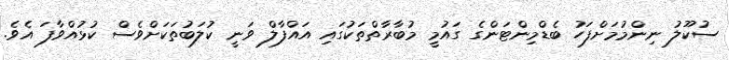
ސުކޫލު ނިންމުމަށްފަހު ބެޑްމިންޓަންގެ ގައުމީ މުބާރާތްތަކުގައި އައްފާލް ވަނީ ކުލަބުތަކަށްވެސް ކުޅުއްވާފަ އެވެ.